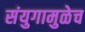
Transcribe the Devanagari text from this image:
संयुगामुळेच